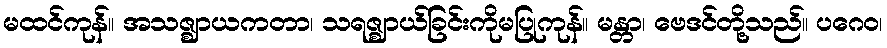
မထင်ကုန်။ အသဇ္ဈာယကတာ၊ သရဇ္ဈာယ်ခြင်းကိုမပြုကုန်။ မန္တာ၊ ဗေဒင်တို့သည်။ ပဂေဝ၊